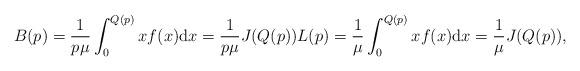
LaTeX: \begin{align*}B(p)=\frac{1}{p\mu}\int_{0}^{Q(p)}xf(x) \mathrm{d}x=\frac{1}{p\mu}J(Q(p))L(p)=\frac{1}{\mu}\int_{0}^{Q(p)}xf(x) \mathrm{d}x=\frac{1}{\mu}J(Q(p)),\end{align*}